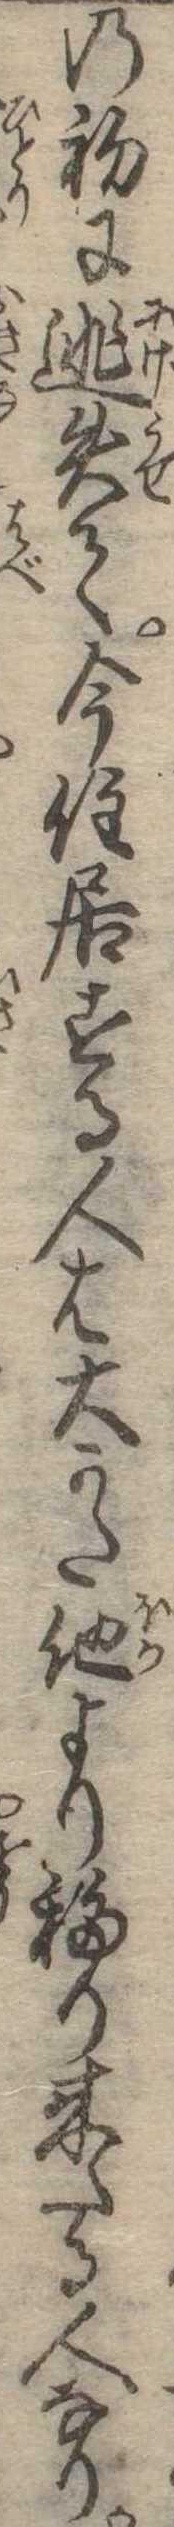
の初に逃失て今住居する人は大かた他より移り来たる人なり